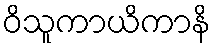
ဝိသူကာယိကာနိ